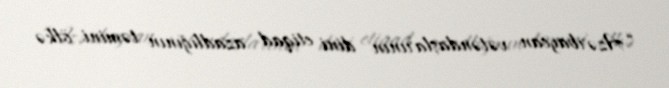
“Azərbaycan vətəndaşlarının dini etiqad azadlığının təmini ölkə